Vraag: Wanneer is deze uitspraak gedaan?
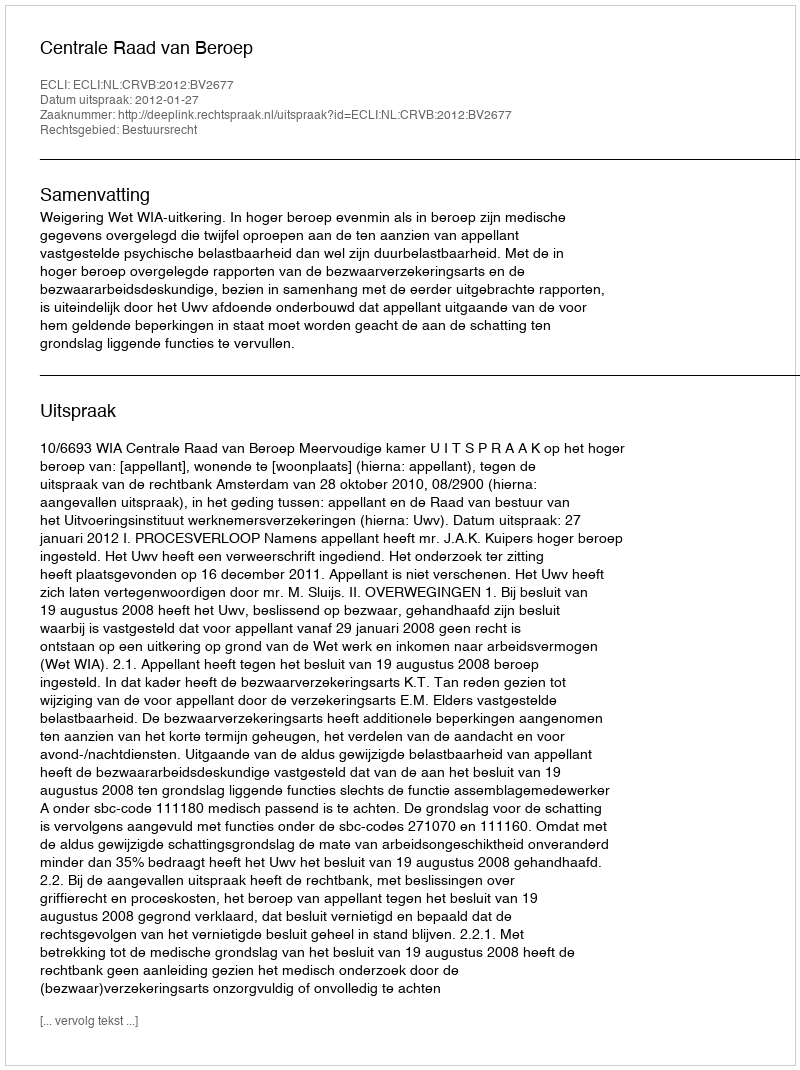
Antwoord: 2012-01-27